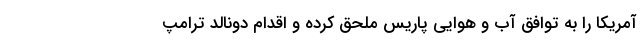
آمریکا را به توافق آب و هوایی پاریس ملحق کرده و اقدام دونالد ترامپ